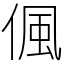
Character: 偑